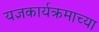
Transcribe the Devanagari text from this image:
यज्ञकार्यक्रमाच्या